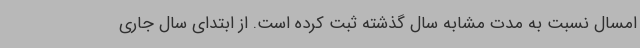
امسال نسبت به مدت مشابه سال گذشته ثبت کرده است. از ابتدای سال جاری